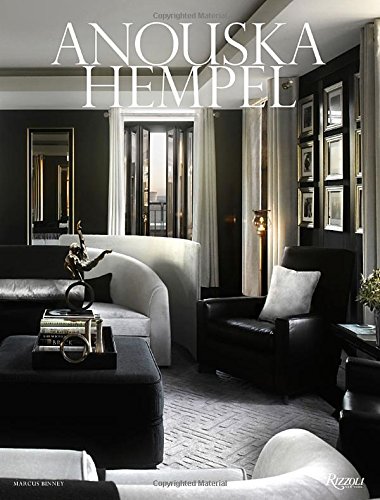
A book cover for Anouska Hempel; Anouska Hempel; Crafts, Hobbies & Home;